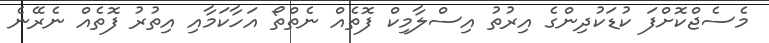
މެސެޖްކޮށްފަ ކުޑަކުދިންގެ އިރުތު އިސްލާމިކް ފޮތެއް ނެތްތޯ އަހާކަމާއި އިތުރު ފޮތެއް ނެރޭނެ